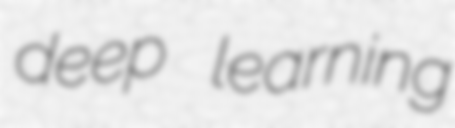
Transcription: deep learning